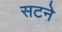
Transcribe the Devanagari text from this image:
सटने